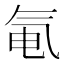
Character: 𬇐